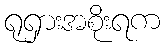
ရုရှားအစိုးရက